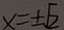
x = \pm \sqrt { 2 }